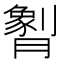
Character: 𬂖